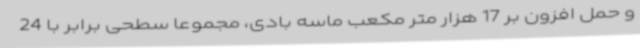
و حمل افزون بر 17 هزار متر مکعب ماسه بادی، مجموعاً سطحی برابر با 24